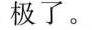
极了。